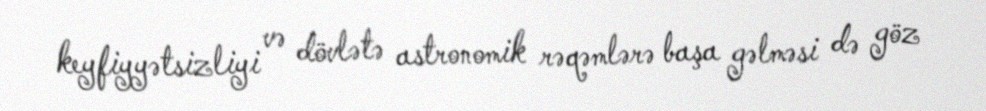
keyfiyyətsizliyi və dövlətə astronomik rəqəmlərə başa gəlməsi də göz